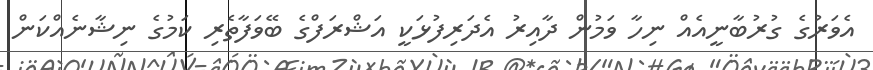
އެވަރުގެ ގުރުބާނީއެއް ނިހާ ވަމުން ދާއިރު އެދަރިފުޅަކީ އަޝްރަފްގެ ބޭވަފާތެރި ކަމުގެ ނިޝާނެއްކަން